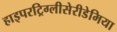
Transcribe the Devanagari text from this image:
हाइपरट्रिग्लीसेरीडेमिया